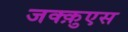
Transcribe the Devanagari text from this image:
जक्क़ुएस